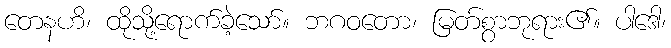
တေနဟိ၊ ထိုသို့ရောက်ခဲ့သော်။ ဘဂဝတော၊ မြတ်စွာဘုရား၏။ ပါဒေါ၊